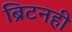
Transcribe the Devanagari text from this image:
ब्रिटनही